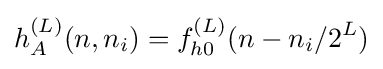
h_{A}^{(L)}(n,n_{i})=f_{h0}^{(L)}(n-n_{i}/2^{L})